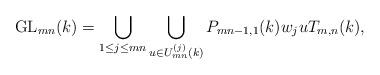
LaTeX: \begin{align*}\mathrm{GL}_{mn}(k)=\bigcup \limits_{1\leq j \leq mn}\bigcup \limits_{u\in U^{(j)}_{mn}(k)}P_{mn-1,1}(k)w_ju T_{m,n}(k),\end{align*}